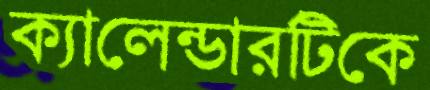
ক্যালেন্ডারটিকে